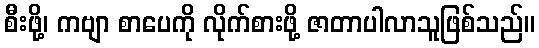
စီးဖို့၊ ကဗျာ စာပေကို လိုက်စားဖို့ ဇာတာပါလာသူဖြစ်သည်။